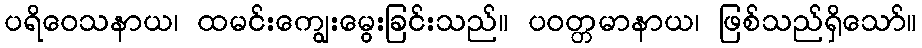
ပရိဝေသနာယ၊ ထမင်းကျွေးမွေးခြင်းသည်။ ပဝတ္တမာနာယ၊ ဖြစ်သည်ရှိသော်။